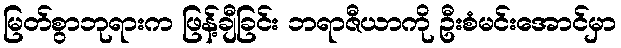
မြတ်စွာဘုရားက ဖြန့်ချီခြင်း ဘရာဇီယာကို ဦးစံမင်းအောင်မှာ